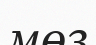
мөз